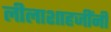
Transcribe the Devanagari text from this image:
लीलाशाहजींनी